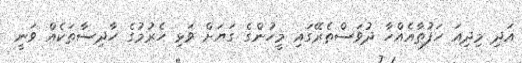
އަދި މިދިއަ ހަފުތާއެއްހާ ދުވަސްތެރޭގައި މީހުންގެ ގަޔަށް ވަޅި ހެރުމުގެ ހާދިސާތަކެއް ވަނީ